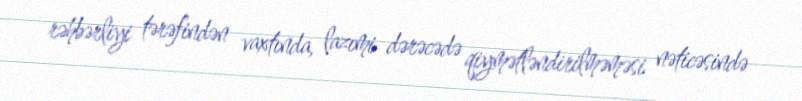
rəhbərliyi tərəfindən vaxtında, lazımi dərəcədə qiymətləndirilməməsi nəticəsində